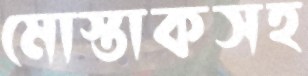
মোস্তাকসহ